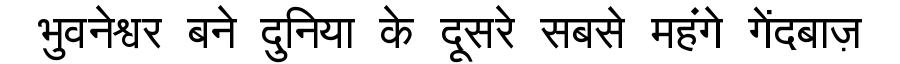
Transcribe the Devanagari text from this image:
भुवनेश्वर बने दुनिया के दूसरे सबसे महंगे गेंदबाज़